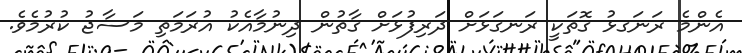
އެންމެ ރަނަގޅު ގޮތަކީ ރަނގަޅަށް ދަރިފުޅަށް ގާތުން ދިނުމާއެކު އުރަމަތި މަސާޖު ކުރުމެވެ.